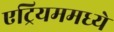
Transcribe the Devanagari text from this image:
एट्रियममध्ये